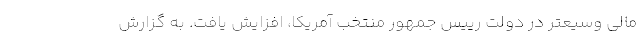
مالی وسیعتر در دولت رییس جمهور منتخب آمریکا، افزایش یافت. به گزارش